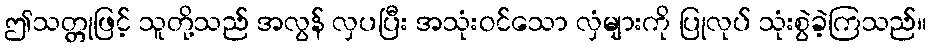
ဤသတ္တုဖြင့် သူတို့သည် အလွန် လှပပြီး အသုံးဝင်သော လှံများကို ပြုလုပ် သုံးစွဲခဲ့ကြသည်။